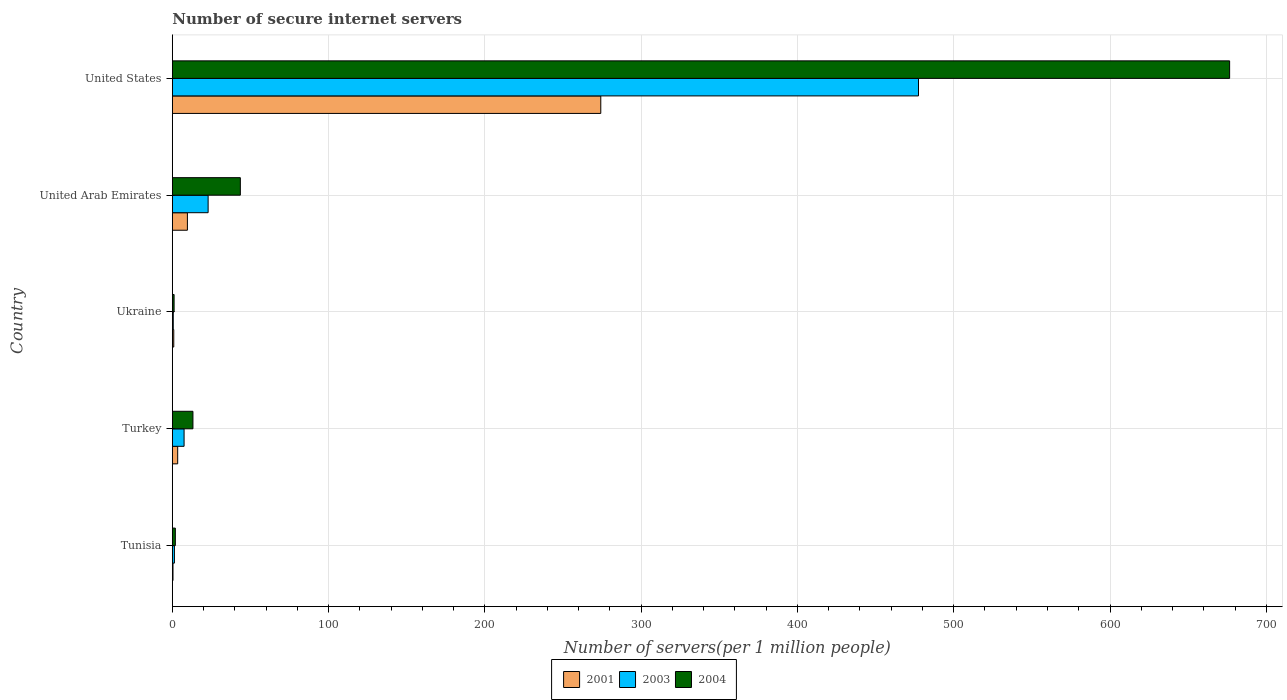
| Country | 2001 | 2003 | 2004 |
 | --- | --- | --- | --- |
 | Tunisia | 0.414 | 1.32 | 1.91 |
 | Turkey | 3.41 | 7.51 | 13.2 |
 | Ukraine | 0.904 | 0.586 | 1.12 |
 | United Arab Emirates | 9.63 | 22.9 | 43.5 |
 | United States | 274 | 477 | 677 |